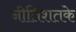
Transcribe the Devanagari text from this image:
नीतिशतके